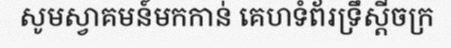
សូមស្វាគមន៍មកកាន់ គេហទំព័រទ្រឹស្តីចក្រ